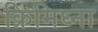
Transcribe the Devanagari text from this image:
क्रिमिघ्ना